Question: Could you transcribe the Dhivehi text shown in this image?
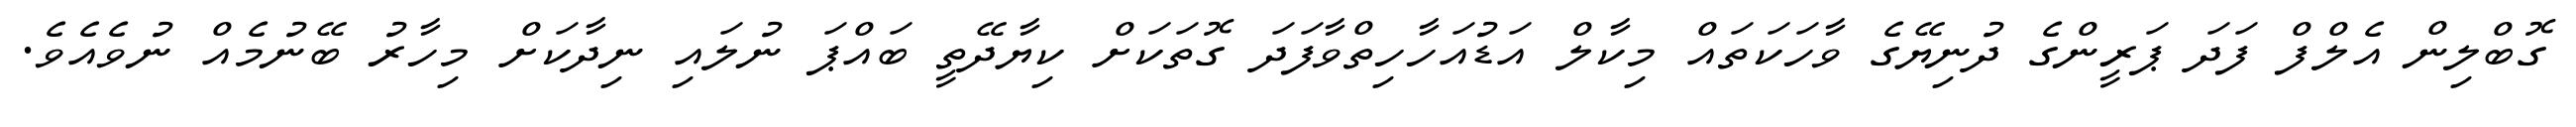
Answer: ގޮބްލިން އެލްފް ފަދަ ޕަރީންގެ ދުނިޔޭގެ ވާހަކަތައް މިކާލް އަޑުއަހާހިތްވާފަދަ ގޮތަކަށް ކިޔާދޭތީ ބައްޕަ ނުލައި ނިދާކަށް މިހާރު ބޭނުމެއް ނުވެއެވެ.